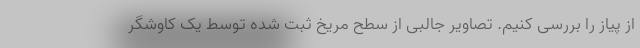
از پیاز را بررسی کنیم. تصاویر جالبی از سطح مریخ ثبت شده توسط یک کاوشگر